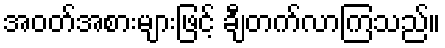
အဝတ်အစားများဖြင့် ချီတက်လာကြသည်။